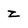
Character: Z